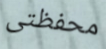
محفظتى